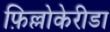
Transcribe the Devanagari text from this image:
फ़िल्लोकेरीडा